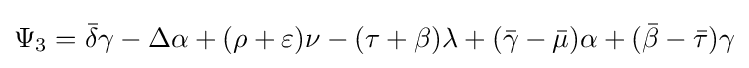
\Psi _{3}={\bar {\delta }}\gamma -\Delta \alpha +(\rho +\varepsilon )\nu -(\tau +\beta )\lambda +({\bar {\gamma }}-{\bar {\mu }})\alpha +({\bar {\beta }}-{\bar {\tau }})\gamma